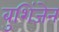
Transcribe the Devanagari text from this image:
बुशिंजेन